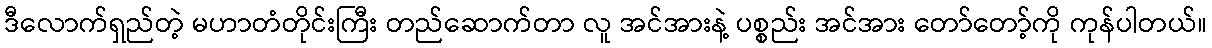
ဒီလောက်ရှည်တဲ့ မဟာတံတိုင်းကြီး တည်ဆောက်တာ လူ အင်အားနဲ့ ပစ္စည်း အင်အား တော်တော့်ကို ကုန်ပါတယ်။